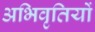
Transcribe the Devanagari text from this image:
अभिवृतियों